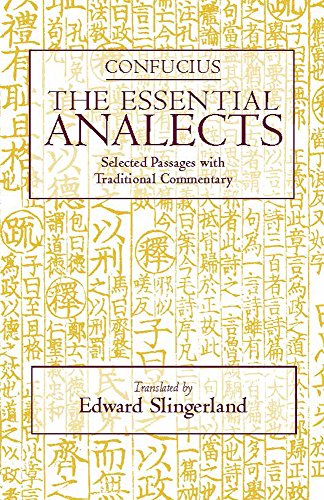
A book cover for The Essential Analects: Selected Passages with Traditional Commentary (Hackett Classics); Confucius; Religion & Spirituality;